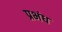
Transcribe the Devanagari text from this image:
प्रभंध